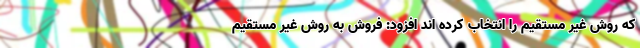
که روش غیر مستقیم را انتخاب کرده اند افزود: فروش به روش غیر مستقیم